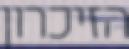
הזיכרון